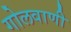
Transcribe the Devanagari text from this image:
गोलवाणी